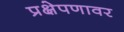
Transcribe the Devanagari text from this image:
प्रक्षेपणावर